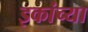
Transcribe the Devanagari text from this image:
इकांच्या